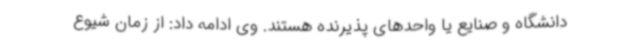
دانشگاه و صنایع یا واحدهای پذیرنده هستند. وی ادامه داد: از زمان شیوع